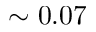
\sim 0 . 0 7